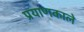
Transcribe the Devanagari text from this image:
प्रयाणकाले